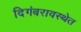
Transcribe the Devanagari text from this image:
दिगंबरावस्थेत